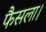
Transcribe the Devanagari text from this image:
फैसला।